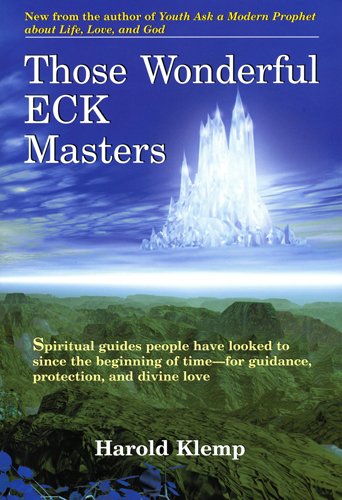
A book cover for Those Wonderful ECK Masters; Harold Klemp; Religion & Spirituality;